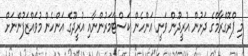
މި ޕްރޮގްރާމްގެ ދަށުން އުރީދޫން ވަނީ އަންހެން ކަސްޓަމަރުންނާއި އުރީދޫގެ އަންހެން މުވައްޒަފުންނަށް